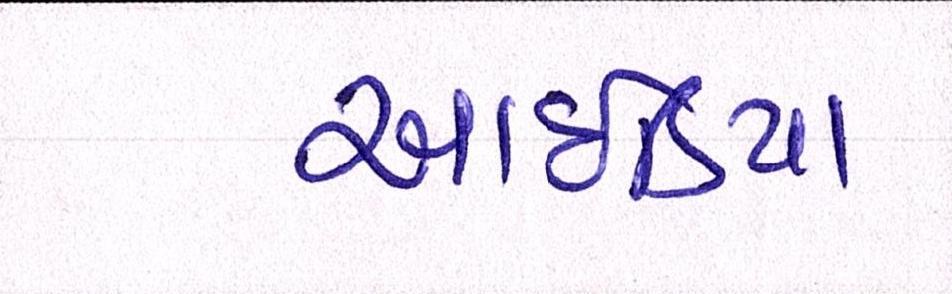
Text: આઇડિયા